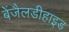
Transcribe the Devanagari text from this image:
बेंजैलडीहाइड